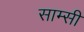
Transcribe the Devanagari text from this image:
साम्सी